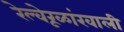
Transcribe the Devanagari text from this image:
रेल्वेरूळांखाली